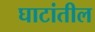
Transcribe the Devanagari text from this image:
घाटांतील